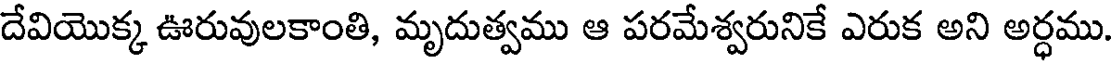
దేవియొక్క ఊరువులకాంతి, మృదుత్వము ఆ పరమేశ్వరునికే ఎరుక అని అర్ధము.